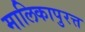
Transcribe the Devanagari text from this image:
मालिकापुरत्त